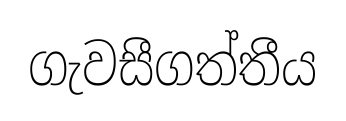
ගැවසීගත්තීය